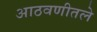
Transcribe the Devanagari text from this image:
आठवणीतले